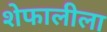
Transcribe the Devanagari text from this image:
शेफालीला